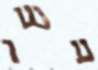
עשו